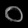
Digit: ၀